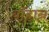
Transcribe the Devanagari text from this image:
यॉहान